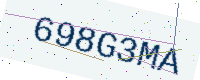
Text: 698G3MA